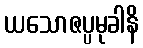
ယသောဇပ္ပမုခါနိ